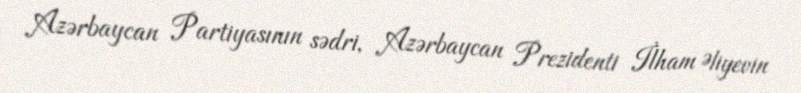
Azərbaycan Partiyasının sədri, Azərbaycan Prezidenti İlham Əliyevin